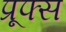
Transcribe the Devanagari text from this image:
प्रूफ्स